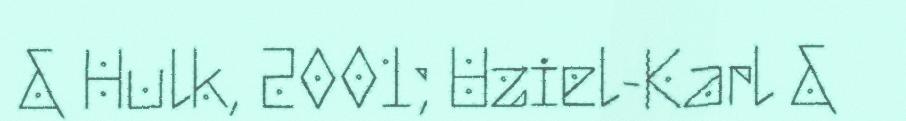
& Hulk, 2001; Uziel-Karl &